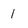
Character: 1